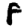
Digit: 8